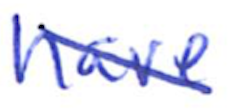
Text: have
Cross-out: mix
Writing tool: ballpoint